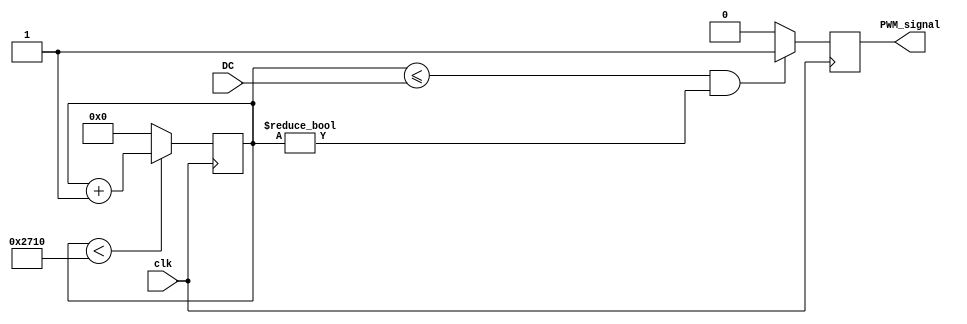
module PWM(
input clk,
output PWM_signal,
input [13:0]DC
);

 
parameter PWM_ONE = 14'b1;
parameter PWM_ZERO = 14'b0;
reg [13:0]PWM_counter;

reg PWM_signal_0;
assign PWM_signal = PWM_signal_0;
////parameter DUTY_CYCLE = 12'b0001_1111_0100; //%25 dtycycle
parameter RESOLUTION = 14'b10_0111_0001_0000; //10000 dtycycle>> 5khz

always@(posedge clk)
begin
	if(PWM_counter < RESOLUTION)
		PWM_counter <= PWM_counter + PWM_ONE;
	else
		PWM_counter <= PWM_ZERO;
	
	if((PWM_counter <= DC) && (PWM_counter != 14'b0))
		PWM_signal_0 <= 1'b1;
	else 
		PWM_signal_0 <= 1'b0;
end
endmodule